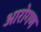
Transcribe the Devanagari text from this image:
आरोगण